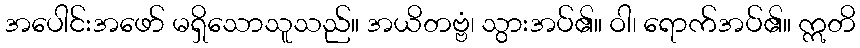
အပေါင်းအဖော် မရှိသောသူသည်။ အယိတဗ္ဗံ၊ သွားအပ်၏။ ဝါ၊ ရောက်အပ်၏။ ဣတိ